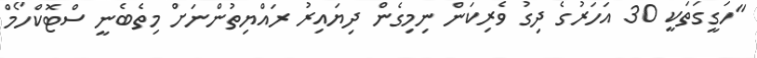
"ހަގީގަތަކީ 30 އަހަރުގެ ދިގު ވެރިކަން ނިމިގެން ދިޔައިރު ރައްޔިތުންނަށް މިތެބެނީ ސްޓޮކްހޯމް